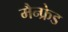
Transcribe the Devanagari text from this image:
मैन्फ्रेड